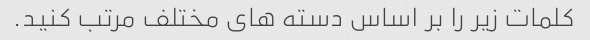
کلمات زیر را بر اساس دسته های مختلف مرتب کنید.